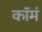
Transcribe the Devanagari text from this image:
कॉमं